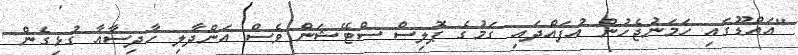
"އައްޑޫގައި ހަމަނުޖެހުން އުފައްދައި ގަމުގެ ޕޮލިސް ސްޓޭޝަން ވެސް އަންދާލި ހާދިސާއާ ގުޅިގެން